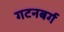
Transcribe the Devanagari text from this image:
गटनबर्ग